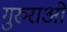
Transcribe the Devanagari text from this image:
गुरुराओ